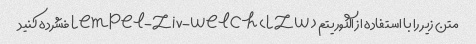
متن زیر را با استفاده از الگوریتم Lempel-Ziv-Welch (LZW) فشرده کنید